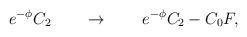
LaTeX: \begin{align*}e^{-\phi} C_2 \qquad \rightarrow \qquad e^{-\phi} C_2 -C_0 F,\end{align*}